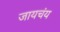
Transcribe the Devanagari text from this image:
जायचंय